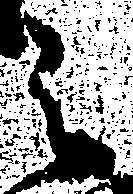
之